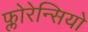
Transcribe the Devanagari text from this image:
फ्लोरेन्सियो